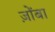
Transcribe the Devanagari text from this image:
ज़ोंबा